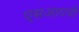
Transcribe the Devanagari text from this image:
एसआयची